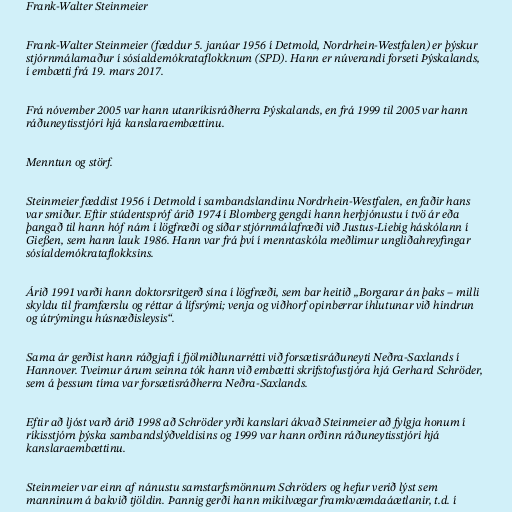
Frank-Walter Steinmeier

Frank-Walter Steinmeier (fæddur 5. janúar 1956 í Detmold, Nordrhein-Westfalen) er þýskur
stjórnmálamaður í sósíaldemókrataflokknum (SPD). Hann er núverandi forseti Þýskalands,
í embætti frá 19. mars 2017.

Frá nóvember 2005 var hann utanríkisráðherra Þýskalands, en frá 1999 til 2005 var hann
ráðuneytisstjóri hjá kanslaraembættinu.

Menntun og störf.

Steinmeier fæddist 1956 í Detmold í sambandslandinu Nordrhein-Westfalen, en faðir hans
var smiður. Eftir stúdentspróf árið 1974 í Blomberg gengdi hann herþjónustu í tvö ár eða
þangað til hann hóf nám í lögfræði og síðar stjórnmálafræði við Justus-Liebig háskólann í
Gießen, sem hann lauk 1986. Hann var frá því í menntaskóla meðlimur ungliðahreyfingar
sósíaldemókrataflokksins.

Árið 1991 varði hann doktorsritgerð sína í lögfræði, sem bar heitið „Borgarar án þaks – milli
skyldu til framfærslu og réttar á lífsrými; venja og viðhorf opinberrar íhlutunar við hindrun
og útrýmingu húsnæðisleysis“.

Sama ár gerðist hann ráðgjafi í fjölmiðlunarrétti við forsætisráðuneyti Neðra-Saxlands í
Hannover. Tveimur árum seinna tók hann við embætti skrifstofustjóra hjá Gerhard Schröder,
sem á þessum tíma var forsætisráðherra Neðra-Saxlands.

Eftir að ljóst varð árið 1998 að Schröder yrði kanslari ákvað Steinmeier að fylgja honum í
ríkisstjórn þýska sambandslýðveldisins og 1999 var hann orðinn ráðuneytisstjóri hjá
kanslaraembættinu.

Steinmeier var einn af nánustu samstarfsmönnum Schröders og hefur verið lýst sem
manninum á bakvið tjöldin. Þannig gerði hann mikilvægar framkvæmdaáætlanir, t.d. í